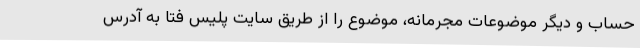
حساب و دیگر موضوعات مجرمانه، موضوع را از طریق سایت پلیس فتا به آدرس